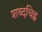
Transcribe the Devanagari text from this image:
शब्दचिह्न